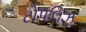
ટોપલિઝ